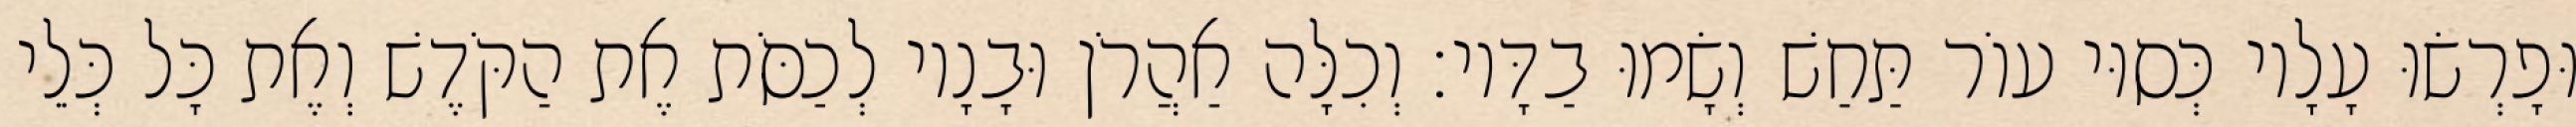
וּפָרְשׂוּ עָלָיו כְּסוּי עוֹר תַּחַשׁ וְשָׂמוּ בַדָּיו׃ וְכִלָּה אַהֲרֹן וּבָנָיו לְכַסֹּת אֶת הַקֹּדֶשׁ וְאֶת כָּל כְּלֵי